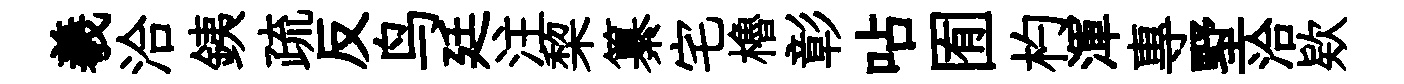
羲洽銕疏反鸟廷注棃纂宅櫓彰呫囿杓渾專墅洽欵